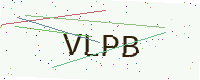
Text: VLPB